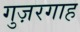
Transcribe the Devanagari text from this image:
गुज़रगाह